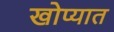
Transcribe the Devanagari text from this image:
खोप्यात